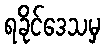
ရခိုင်ဒေသမှ